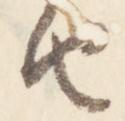
由